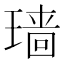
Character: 𱯜